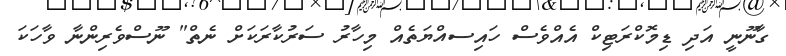
ގާނޫނީ އަދި ޑިމޮކްރަޓިކް އެއްވެސް ހައިސއްޔަތެއް މިހާރު ސަރުކާރަކަށް ނެތް" ނޫސްވެރިންނާ ވާހަކަ